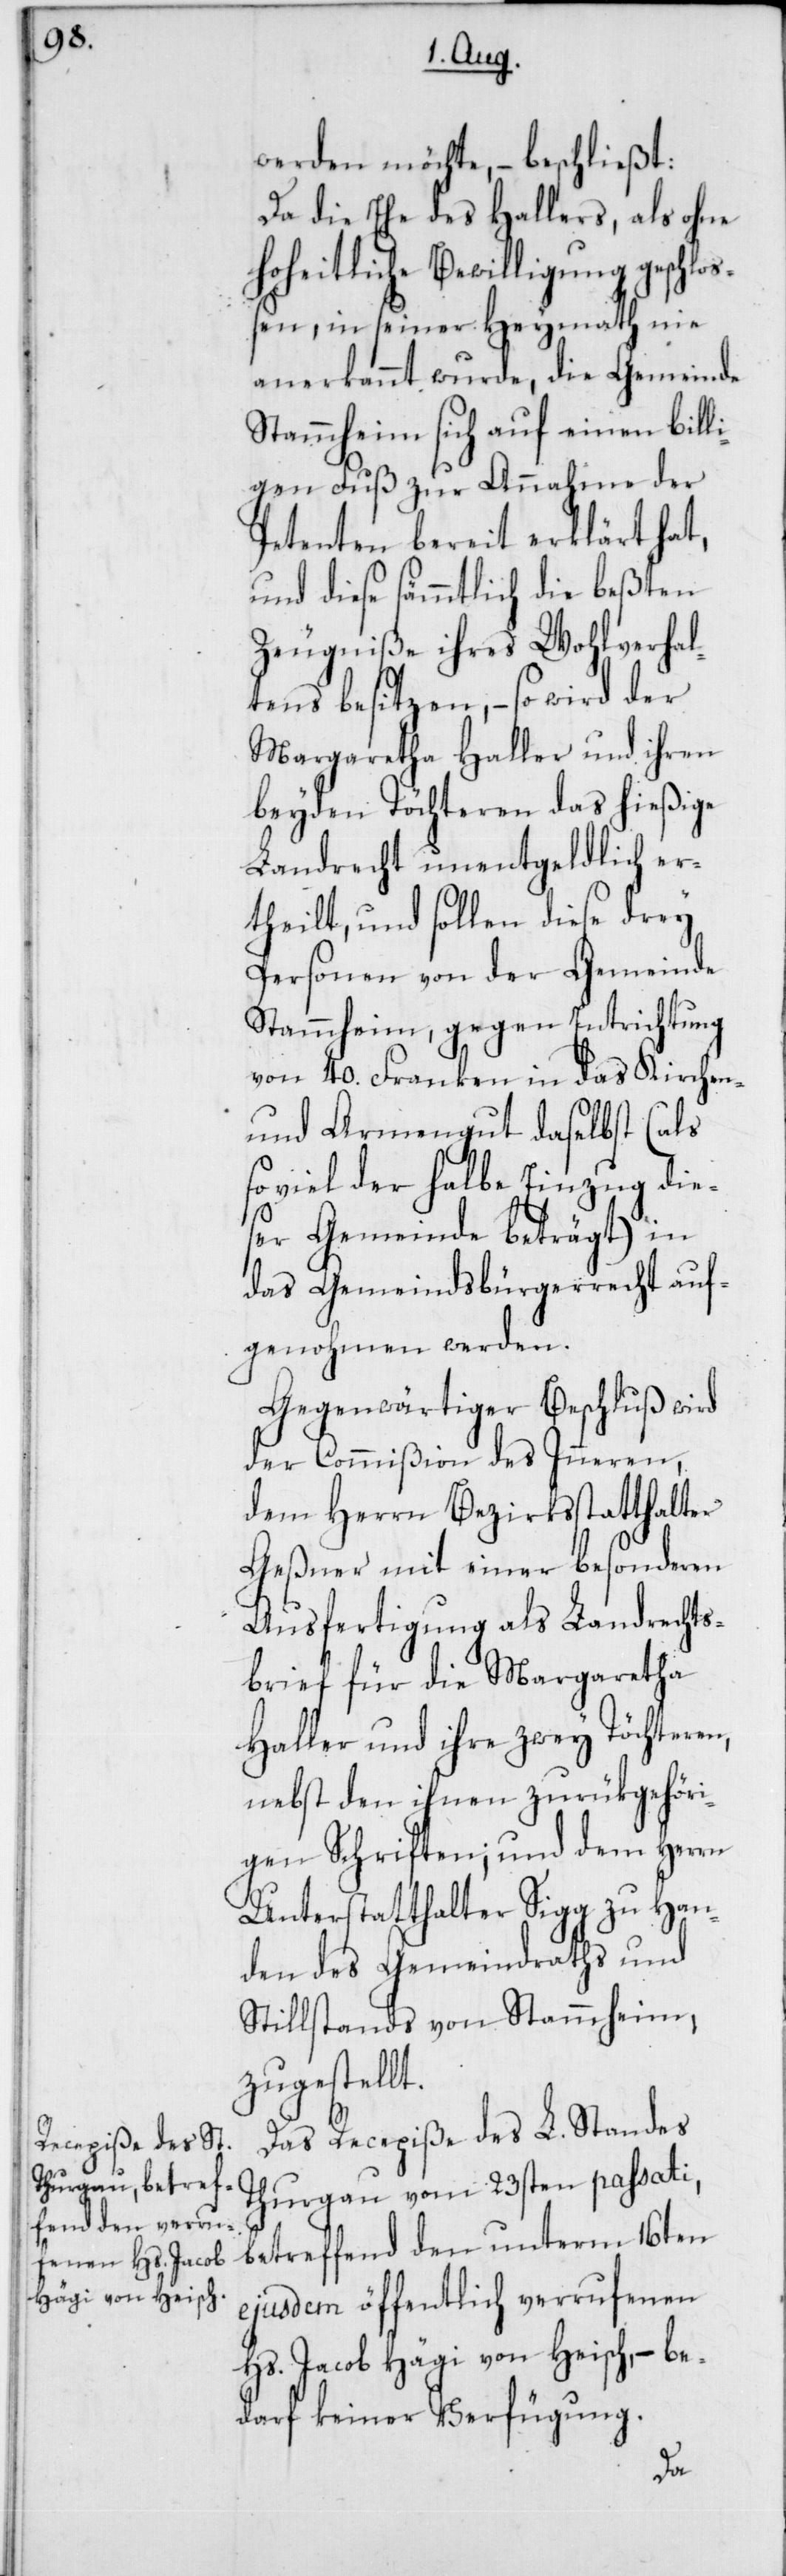
werden möchte, – beschließt:
Da die Ehe des Hallers, als ohne
hoheitliche Bewilligung geschloß¬
en, in seiner Heymath nie
anerkannt wurde, die Gemeinde
Stammheim sich auf einen billi¬
gen Fuß zur Annahme der
Petenten bereit erklärt hat,
und diese sämmtlich die beßten
Zeugniße ihres Wohlverhal¬
tens besitzen, – so wird der
Margaretha Haller und ihren
beyden Töchteren das hießige
Landrecht unentgeldlich er¬
theilt, und sollen diese drey
Personen von der Gemeinde
Stammheim, gegen Entrichtung
von 40. Franken in das Kirchen-
und Armengut daselbst (als
so viel der halbe Einzug die¬
ser Gemeinde beträgt) in
das Gemeindsbürgerrecht auf¬
genohmen werden.
Gegenwärtiger Beschluß wird
der Commißion des Inneren,
dem Herrn Bezirksstatthalter
Geßner mit einer besonderen
Ausfertigung als Landrechts¬
brief für die Margaretha
Haller und ihre zwey Töchteren,
nebst den ihnen zurükgehöri¬
gen Schriften; und dem Herrn
Unterstatthalter Sigg zu Han¬
den des Gemeindraths und
Stillstands von Stammheim,
zugestellt.
Das Recepiße des L. Standes
Thurgau vom 23sten passati,
betreffend den unterm 16ten
ejusdem öffentlich verrufenen
Hs. Jacob Hägi von Heisch, – be¬
darf keiner Verfügung.